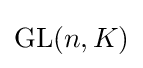
{\textstyle \operatorname {GL} (n,K)}